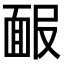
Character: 𩈑